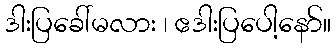
ဒါးပြခေါ်မလား ၊ ဧဒါးပြပေါ့နော်။